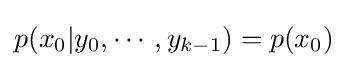
p(x_{0}|y_{0},\cdots ,y_{k-1})=p(x_{0})